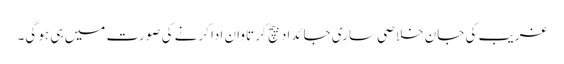
غریب کی جان خلاصی ساری جائداد بیچ کر تاوان ادا کرنے کی صورت میں ہی ہو گی۔